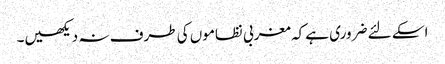
اسکے لئے ضروری ہے کہ مغربی نظاموں کی طرف نہ دیکھیں۔